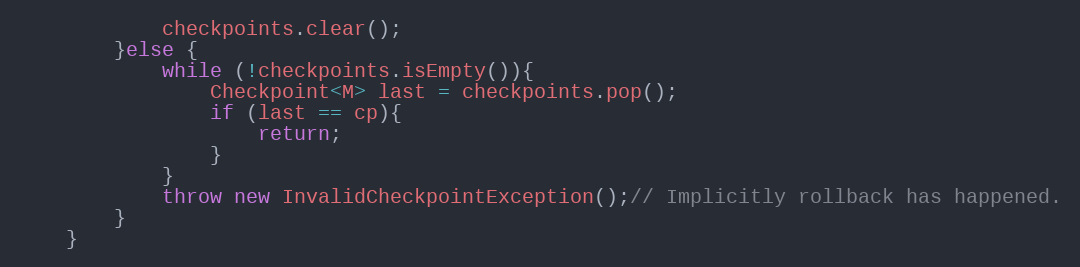
Language: Java
			checkpoints.clear();
		}else {
			while (!checkpoints.isEmpty()){
				Checkpoint<M> last = checkpoints.pop();
				if (last == cp){
					return;
				}
			}
			throw new InvalidCheckpointException();// Implicitly rollback has happened.
		}
	}